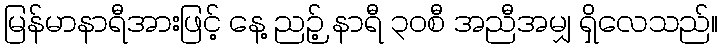
မြန်မာနာရီအားဖြင့် နေ့ ညဉ့် နာရီ ၃၀စီ အညီအမျှ ရှိလေသည်။